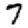
Digit: 7